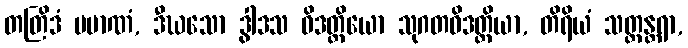
တတြိဒံ ပမာဏံ, ဒီဃသော ဒွါဒသ ဝိဒတ္ထိယော သုဂတဝိဒတ္ထိယာ, တိရိယံ သတ္တန္တရာ,